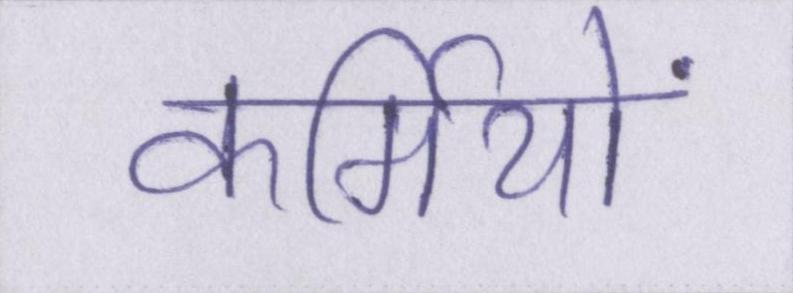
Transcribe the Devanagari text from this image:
कर्मियों